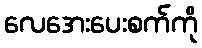
လေအေးပေးစက်ကို